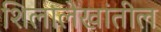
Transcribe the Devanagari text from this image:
शिलालेखांतील